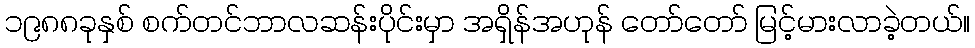
၁၉၈၈ခုနှစ် စက်တင်ဘာလဆန်းပိုင်းမှာ အရှိန်အဟုန် တော်တော် မြင့်မားလာခဲ့တယ်။